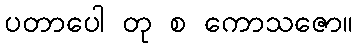
ပတာပေါ တု စ ကောသဇော။